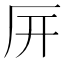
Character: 㕃